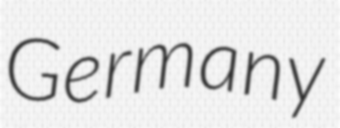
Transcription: Germany